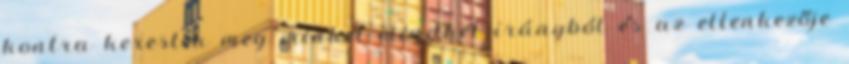
kontra kerestek meg minket mindkét irányból és az ellenkezője